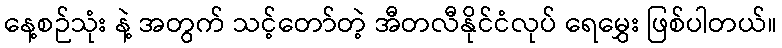
နေ့စဉ်သုံး နဲ့ အတွက် သင့်တော်တဲ့ အီတလီနိုင်ငံလုပ် ရေမွှေး ဖြစ်ပါတယ်။